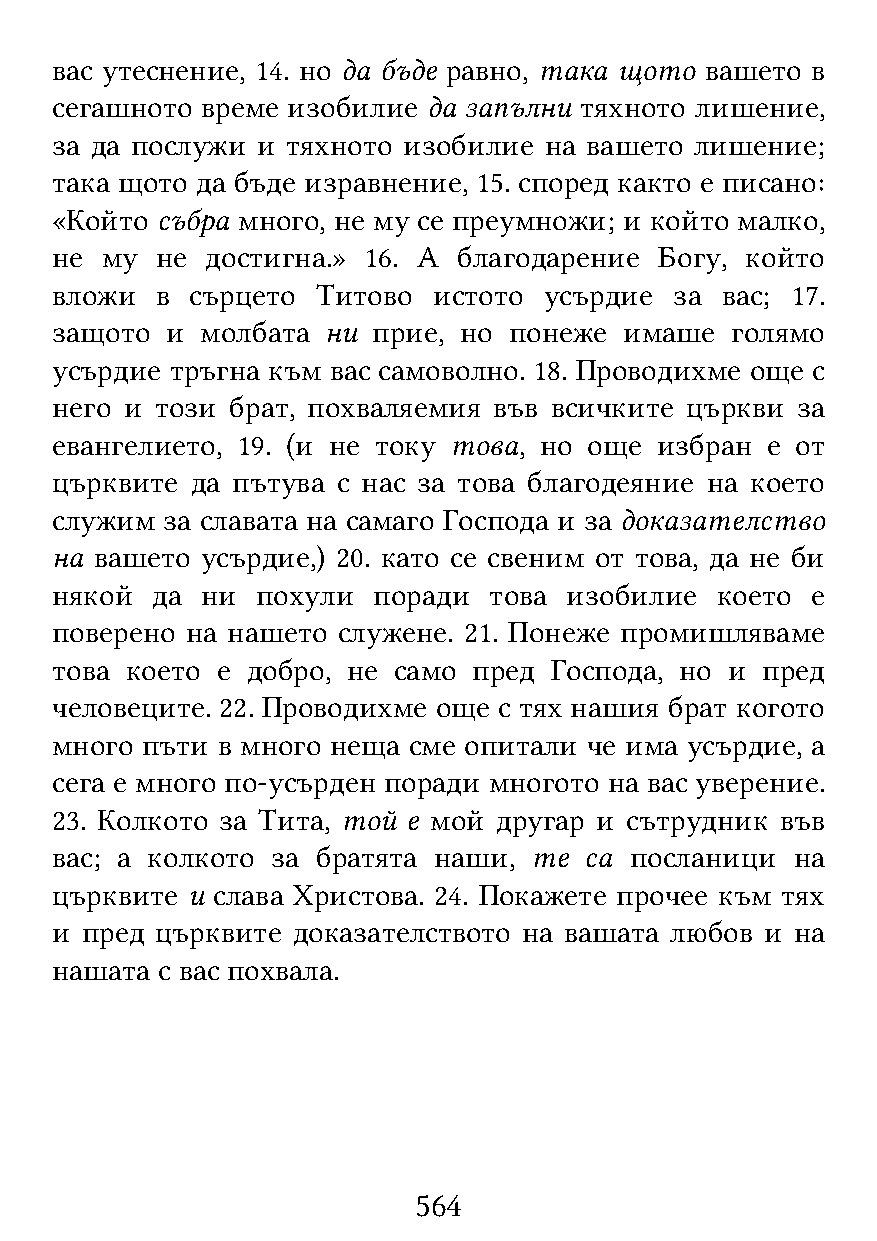
вас утеснение, 14. но да бъде равно, така щото вашето в
 сегашното време изобилие да запълни тяхното лишение,
 за да послужи и тяхното изобилие на вашето лишение;
 така щото да бъде изравнение, 15. според както е писано:
 «Който събра много, не му се преумножи; и който малко,
 не  му не  достигна.» 16. А благодарение Богу, който
 вложи  в  сърцето Титово  истото усърдие  за вас; 17.
 защото  и молбата  ни прие, но понеже имаше  голямо
 усърдие тръгна към вас самоволно. 18. Проводихме още с
 него и този брат, похваляемия във всичките църкви за
 евангелието, 19. (и не току това, но още избран е от
 църквите  да пътува с нас за това благодеяние на което
 служим  за славата на самаго Господа и за доказателство
 на вашето усърдие,) 20. като се свеним от това, да не би
 някой  да ни  похули  поради това изобилие  което  е
 поверено на нашето служене. 21. Понеже промишляваме
 това което е добро, не само пред Господа, но и пред
 человеците. 22. Проводихме още с тях нашия брат когото
 много пъти в много неща сме опитали че има усърдие, а
 сега е много по-усърден поради многото на вас уверение.
 23. Колкото за Тита, той е мой другар и сътрудник във
 вас; а колкото за братята наши, те  са посланици  на
 църквите и слава Христова. 24. Покажете прочее към тях
 и пред църквите доказателството на вашата любов и на
 нашата с вас похвала.
 564